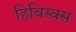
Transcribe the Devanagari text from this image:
हिबिस्क्‍स